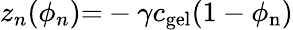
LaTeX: z_{n}(\phi_{n}){=}-\gamma c_{\mathrm{gel}}(1-\phi_{\mathrm{n}})